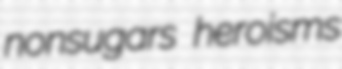
nonsugars heroisms